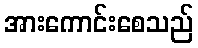
အားကောင်းစေသည်